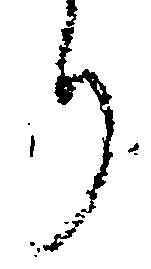
り